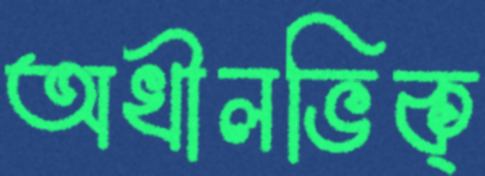
অখীলভিক্